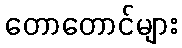
တောတောင်များ